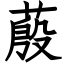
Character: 蒑